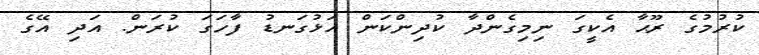
ކުރުމުގެ ރޫޙާ އެކީގަ ނިމިގެންދާ ކުދިންކަން އަޅުގަނޑު ފާހަގަ ކުރަން. އަދި އޭގެ